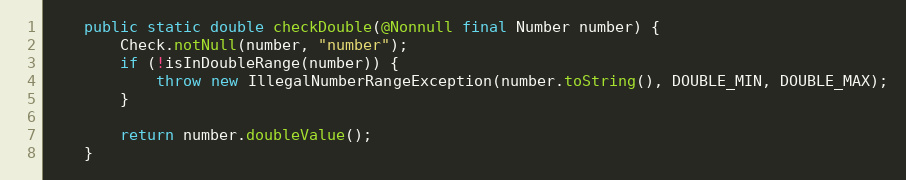
Language: Java
	public static double checkDouble(@Nonnull final Number number) {
		Check.notNull(number, "number");
		if (!isInDoubleRange(number)) {
			throw new IllegalNumberRangeException(number.toString(), DOUBLE_MIN, DOUBLE_MAX);
		}

		return number.doubleValue();
	}